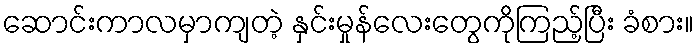
ဆောင်းကာလမှာကျတဲ့ နှင်းမှုန်လေးတွေကိုကြည့်ပြီး ခံစား။